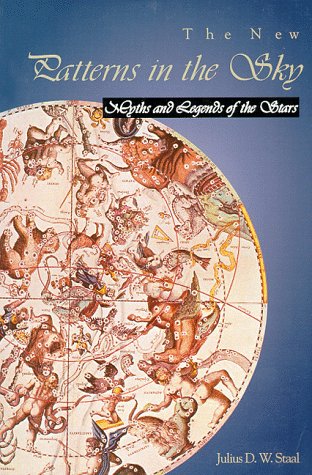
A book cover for The New Patterns in the Sky: Myths and Legends of the Stars; Julius D. Staal; Literature & Fiction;